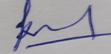
Signature authenticity: genuine